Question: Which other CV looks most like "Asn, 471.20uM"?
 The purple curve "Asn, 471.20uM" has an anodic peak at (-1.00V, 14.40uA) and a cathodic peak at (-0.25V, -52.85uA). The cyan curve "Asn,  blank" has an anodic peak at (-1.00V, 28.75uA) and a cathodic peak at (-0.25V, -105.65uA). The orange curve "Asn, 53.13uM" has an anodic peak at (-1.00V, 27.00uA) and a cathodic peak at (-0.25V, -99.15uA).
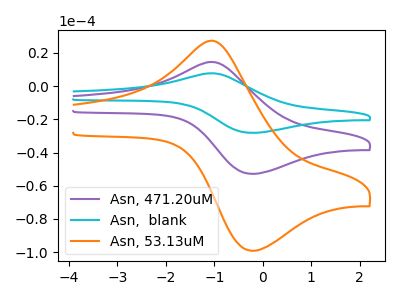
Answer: <think>All the peaks in "Asn, 471.20uM" have a peak in "Asn,  blank" at the same potential. Every peak in "Asn, 471.20uM" is lower than every peak in "Asn,  blank". All the peaks in "Asn, 471.20uM" have a peak in "Asn, 53.13uM" at the same potential. Every peak in "Asn, 471.20uM" is lower than every peak in "Asn, 53.13uM". All the peaks in "Asn,  blank" have a peak in "Asn, 53.13uM" at the same potential. Every peak in "Asn,  blank" is higher than every peak in "Asn, 53.13uM".
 </think>
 <answer>"Asn, 471.20uM" and "Asn,  blank" have a similar shape to "Asn, 53.13uM".</answer>
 <eval>"Asn, 471.20uM" "Asn,  blank"</eval>